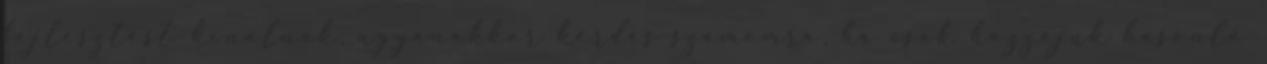
fejlesztést kínálnak, ugyanakkor kérdés számomra, ha csak hozzájuk hasonló